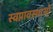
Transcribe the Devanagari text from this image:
स्वप्नावस्थाओं